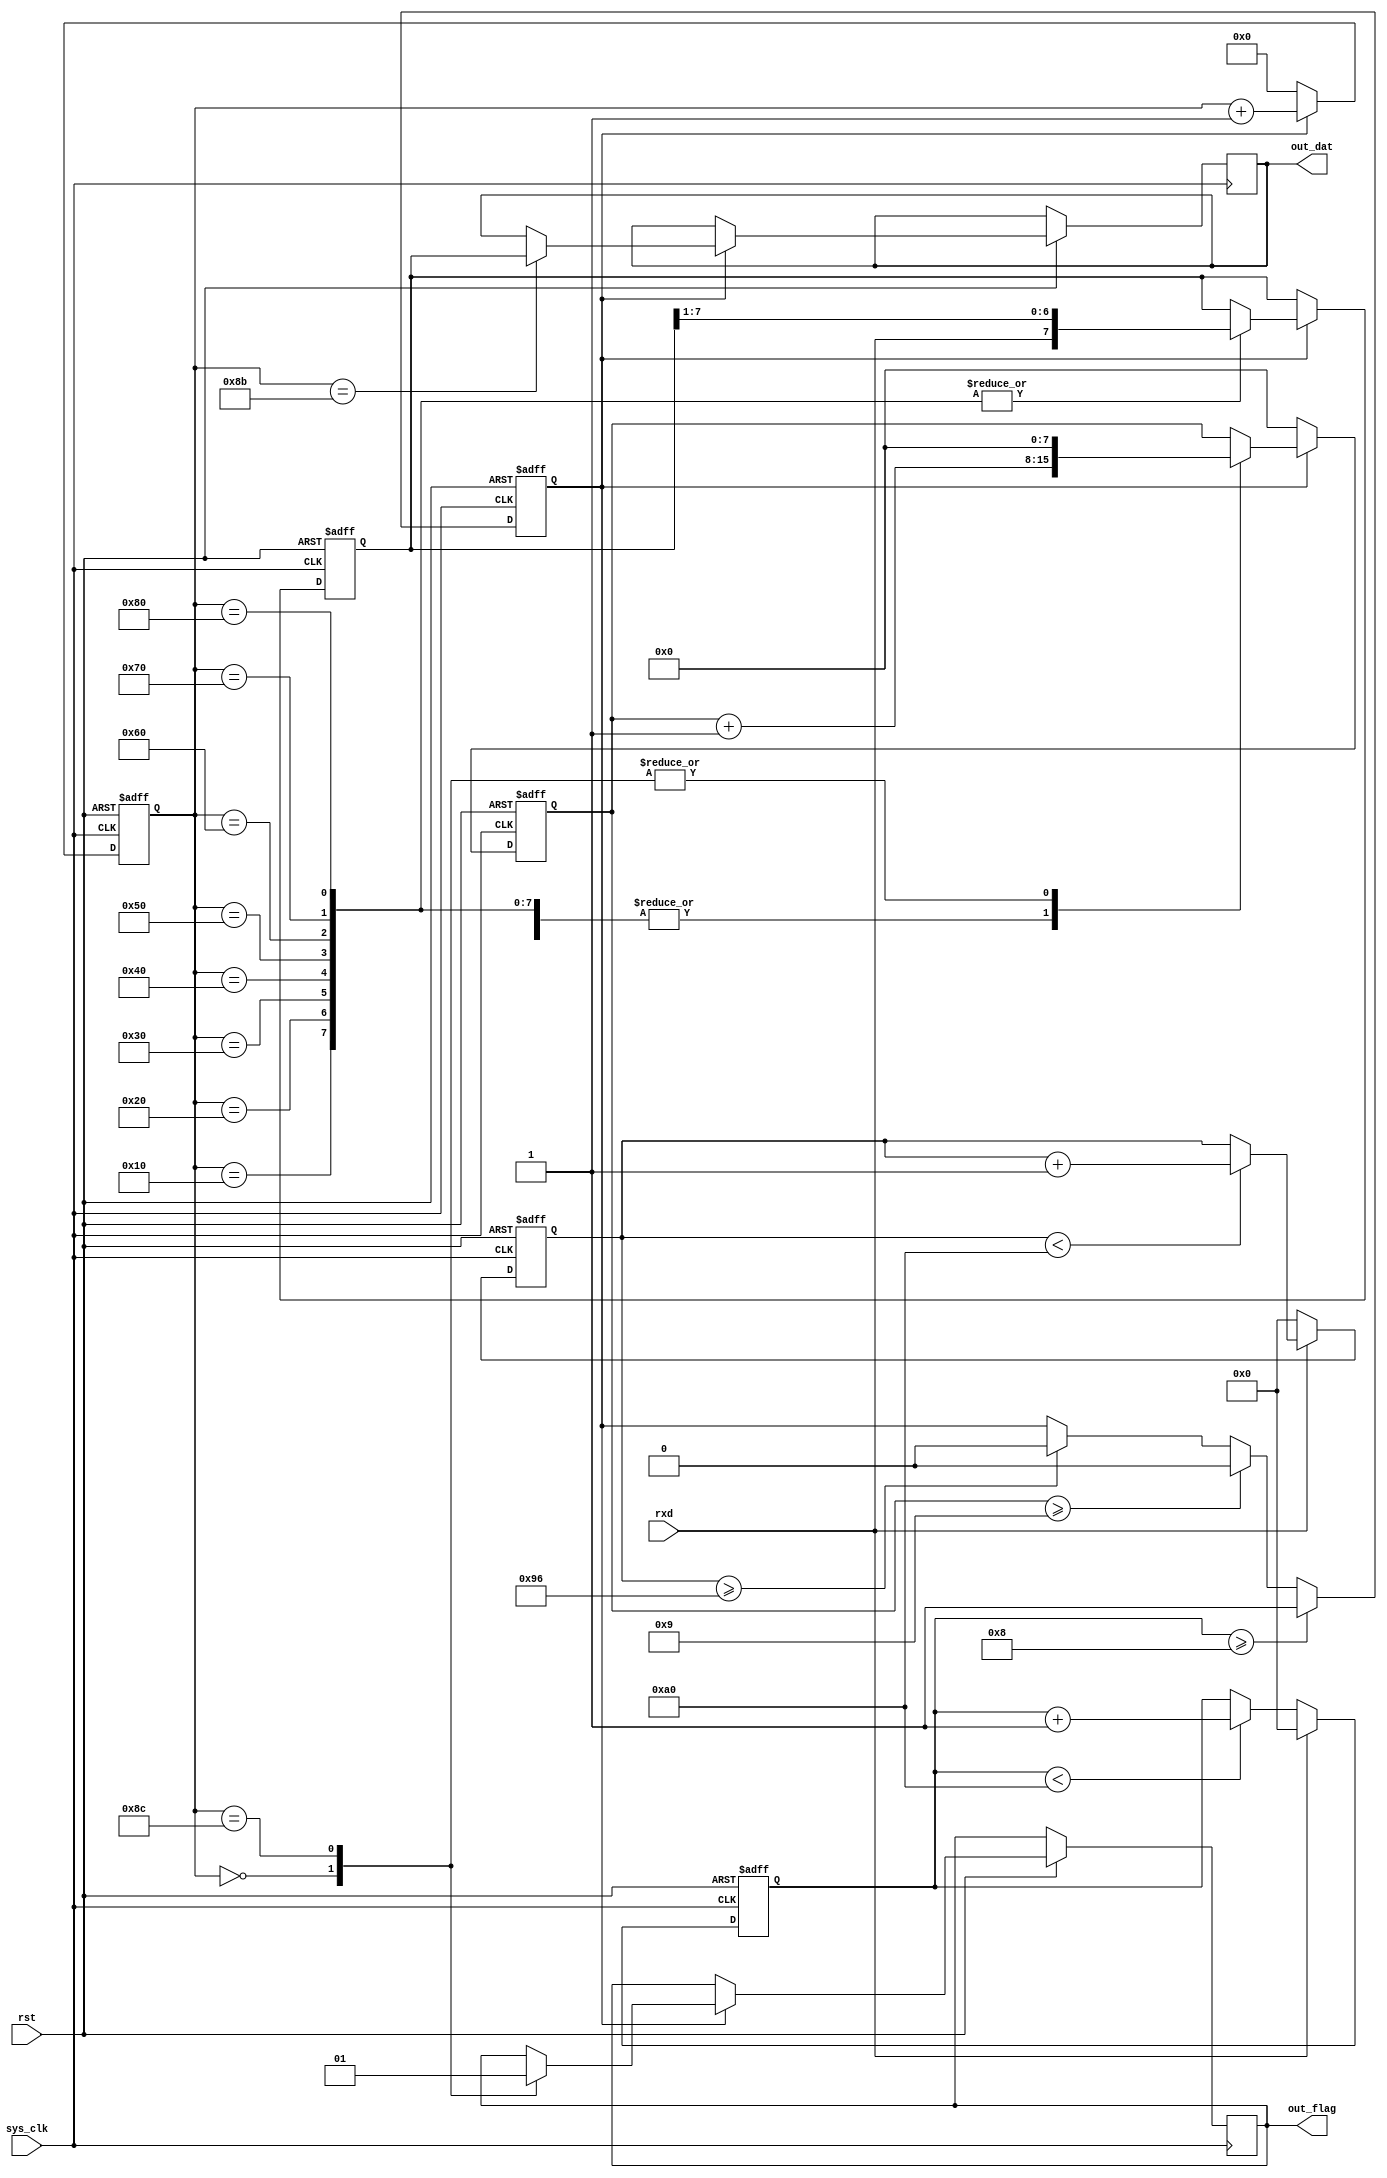
module uart_recv(

	input sys_clk,
	input rst,
	
	input  rxd,
	
	output reg[7:0] out_dat,
	output reg out_flag
);

reg[7:0] recv_cnt;

// sys_clk's freq should be  baud*16
reg[31:0] cnt_sys_clk;
reg[15:0] rxd_low,rxd_high;
reg valid;//means should receive data

always@(posedge sys_clk or negedge rst)begin
	if(!rst)begin  
		cnt_sys_clk<=0; rxd_low<=0; rxd_high<=0; valid<=0;
	end
	else begin
	
		if(rxd)begin
			rxd_low<=0;
			if(rxd_high<160)begin rxd_high<=rxd_high+1'b1; end
		end 
		else begin
			rxd_high<=0;
			if(rxd_low<160)begin rxd_low<=rxd_low+1'b1; end
		end
		
		if(rxd_low>=8)begin valid<=1; end
		else if(recv_cnt>=9)begin valid<=0; end
		else if(rxd_high>=150)begin valid<=0; end
		
	end
end



reg[7:0] recv_buf;
reg[31:0] cnt_recv_clk;
always@(posedge sys_clk or negedge rst)begin
	if(!rst)begin
		recv_cnt<=0; recv_buf<=0; cnt_recv_clk<=0;
	end
	else begin
		if(valid)begin
			cnt_recv_clk<=cnt_recv_clk+1'b1;
			
			case(cnt_recv_clk)
			  0:begin									recv_cnt<=0; 			out_flag<=0; end
			 16:begin   recv_buf<={rxd,recv_buf[7:1]};  recv_cnt<=recv_cnt+1'b1;  end
			 32:begin   recv_buf<={rxd,recv_buf[7:1]};  recv_cnt<=recv_cnt+1'b1;  end
			 48:begin   recv_buf<={rxd,recv_buf[7:1]};  recv_cnt<=recv_cnt+1'b1;  end
			 64:begin   recv_buf<={rxd,recv_buf[7:1]};  recv_cnt<=recv_cnt+1'b1;  end
			 80:begin   recv_buf<={rxd,recv_buf[7:1]};  recv_cnt<=recv_cnt+1'b1;  end
			 96:begin   recv_buf<={rxd,recv_buf[7:1]};  recv_cnt<=recv_cnt+1'b1;  end
			112:begin   recv_buf<={rxd,recv_buf[7:1]};  recv_cnt<=recv_cnt+1'b1;  end
			128:begin   recv_buf<={rxd,recv_buf[7:1]};  recv_cnt<=recv_cnt+1'b1;  end
			139:begin		out_dat<=recv_buf;			recv_cnt<=recv_cnt+1'b1;  end
			140:begin									recv_cnt<=0;			 out_flag<=1; end
			endcase
			
		end
		else begin
			recv_cnt<=0;  cnt_recv_clk<=0;
		end
	end
end

endmodule